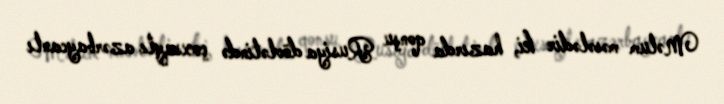
Məlum məsələdir ki, hazırda qonşu Rusiya dövlətində çoxsaylı azərbaycanlı